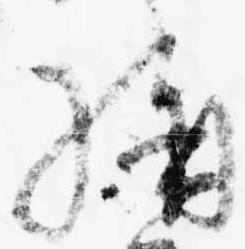
構